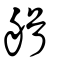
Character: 艏